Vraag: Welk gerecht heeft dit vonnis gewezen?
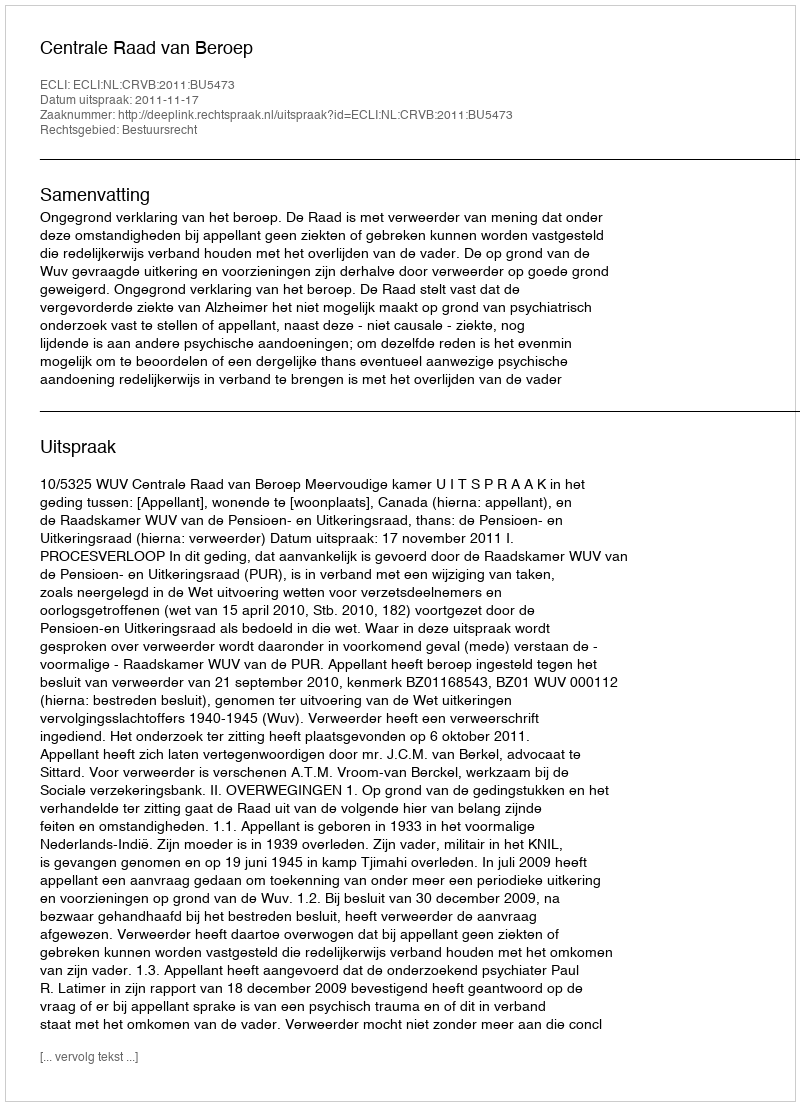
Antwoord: Centrale Raad van Beroep